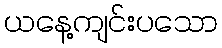
ယနေ့ကျင်းပသော